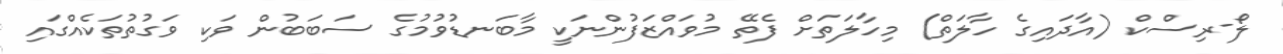
ލޯ-ރިސްކް (އާދައިގެ ހާލަތް) މިހާލަތަށް ފެތޭ މުވައްޒަފުންނަކީ މާބަނޑުވުމުގެ ސަބަބުން ވަކި ވަގުތުތަކެއްގައި